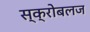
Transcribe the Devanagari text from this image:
स्क्रोबलज